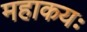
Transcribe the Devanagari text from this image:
महाकयः